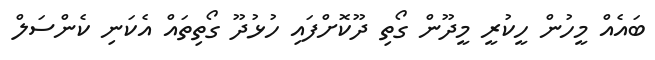
ބައެއް މީހުން ހީކުރީ މީދޫން ގޯތި ދޫކޮށްފައި ހުޅުދޫ ގޯތިތައް އެކަނި ކެންސަލް